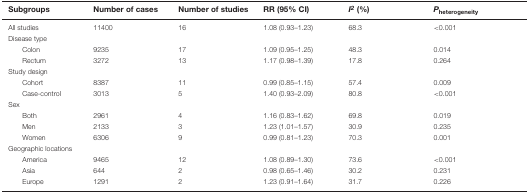
<table><thead><tr><td><b>Subgroups</b></td><td><b>Number of cases</b></td><td><b>Number of studies</b></td><td><b>RR (95% CI)</b></td><td><b><i>I<sup>2</sup></i> (%)</b></td><td><b><i>P</i><sub>heterogeneity</sub></b></td></tr></thead><tbody><tr><td>All studies</td><td>11400</td><td>16</td><td>1.08 (0.93–1.23)</td><td>68.3</td><td>&lt;0.001</td></tr><tr><td>Disease type</td><td></td><td></td><td></td><td></td><td></td></tr><tr><td>Colon</td><td>9235</td><td>17</td><td>1.09 (0.95–1.25)</td><td>48.3</td><td>0.014</td></tr><tr><td>Rectum</td><td>3272</td><td>13</td><td>1.17 (0.98–1.39)</td><td>17.8</td><td>0.264</td></tr><tr><td>Study design</td><td></td><td></td><td></td><td></td><td></td></tr><tr><td>Cohort</td><td>8387</td><td>11</td><td>0.99 (0.85–1.15)</td><td>57.4</td><td>0.009</td></tr><tr><td>Case-control</td><td>3013</td><td>5</td><td>1.40 (0.93–2.09)</td><td>80.8</td><td>&lt;0.001</td></tr><tr><td>Sex</td><td></td><td></td><td></td><td></td><td></td></tr><tr><td>Both</td><td>2961</td><td>4</td><td>1.16 (0.83–1.62)</td><td>69.8</td><td>0.019</td></tr><tr><td>Men</td><td>2133</td><td>3</td><td>1.23 (1.01–1.57)</td><td>30.9</td><td>0.235</td></tr><tr><td>Women</td><td>6306</td><td>9</td><td>0.99 (0.81–1.23)</td><td>70.3</td><td>0.001</td></tr><tr><td>Geographic locations</td><td></td><td></td><td></td><td></td><td></td></tr><tr><td>America</td><td>9465</td><td>12</td><td>1.08 (0.89–1.30)</td><td>73.6</td><td>&lt;0.001</td></tr><tr><td>Asia</td><td>644</td><td>2</td><td>0.98 (0.65–1.46)</td><td>30.2</td><td>0.231</td></tr><tr><td>Europe</td><td>1291</td><td>2</td><td>1.23 (0.91–1.64)</td><td>31.7</td><td>0.226</td></tr></tbody></table>